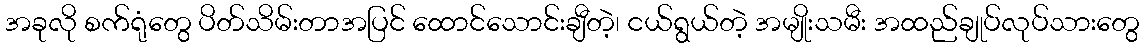
အခုလို စက်ရုံတွေ ပိတ်သိမ်းတာအပြင် ထောင်သောင်းချီတဲ့၊ ငယ်ရွယ်တဲ့ အမျိုးသမီး အထည်ချုပ်လုပ်သားတွေ